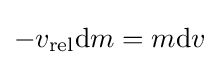
-v_{\mathrm {rel} }\mathrm {d} m=m\mathrm {d} v